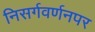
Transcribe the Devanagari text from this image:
निसर्गवर्णनपर